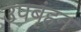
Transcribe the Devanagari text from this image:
उपबृंहन